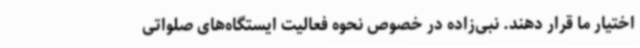
اختیار ما قرار دهند. نبی‌زاده در خصوص نحوه فعالیت ایستگاه‌های صلواتی